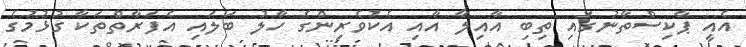
އެއީ ޕާކިސްތާނުގައި ތިބި އާއިލާ އާއި އެކުވެރިންގެ ހާލު ބަލައި އެފަރާތްތަކާ ގުޅުމުގެ